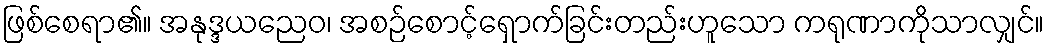
ဖြစ်စေရာ၏။ အနုဒ္ဒယညေဝ၊ အစဉ်စောင့်ရှောက်ခြင်းတည်းဟူသော ကရုဏာကိုသာလျှင်။